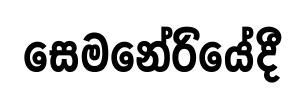
සෙමනේරියේදී